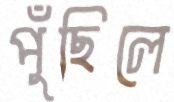
পুঁছিলে